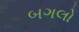
બગલો